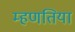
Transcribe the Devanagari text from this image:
म्हणतिया